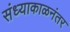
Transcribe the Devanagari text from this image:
संध्याकाळनंतर